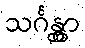
သင်္ဂန္တွာ